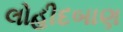
લોહીદબાણ